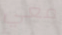
معي